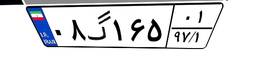
۰۸گ۱۶۵۰۱